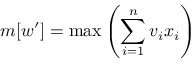
m [ w ^ { \prime } ] = \operatorname* { m a x } \left( \sum _ { i = 1 } ^ { n } v _ { i } x _ { i } \right)